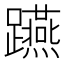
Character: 𨇟